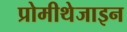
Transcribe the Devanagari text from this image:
प्रोमीथेजाइन